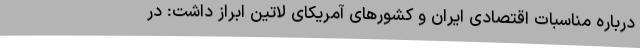
درباره مناسبات اقتصادی ایران و کشورهای آمریکای لاتین ابراز داشت: در